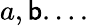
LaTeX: a,\mathsf{b}.\ldots